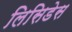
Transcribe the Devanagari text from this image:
लिसिडेस